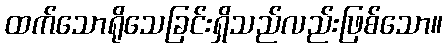
ထက်သောရိုသေခြင်းရှိသည်လည်းဖြစ်သော။